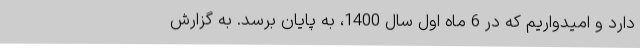
دارد و امیدواریم که در 6 ماه اول سال 1400، به پایان برسد. به گزارش